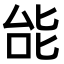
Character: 𫨩